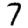
Digit: 7